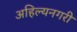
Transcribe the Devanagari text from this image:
अहिल्यनगरी